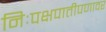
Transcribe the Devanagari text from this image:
निःपक्षपातीपणावर